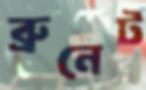
ব্রুনেট